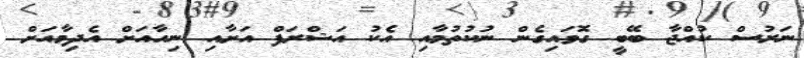
ނަރުސް ކުއްޖާ ބޭބީ ގޮވައިގެން ނުކުތުމާއި އެކު އަޝްރަފް އަށާއި ނިހާއަށް އެދިމާއަށް